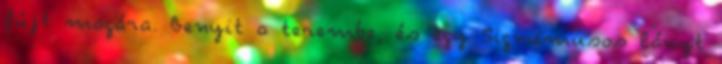
fújt magára. Benyit a terembe, és egy Signumusos lányt